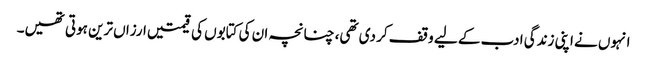
انہوں نے اپنی زندگی ادب کے لیے وقف کر دی تھی، چنانچہ ان کی کتابوں کی قیمتیں ارزاں ترین ہوتی تھیں۔